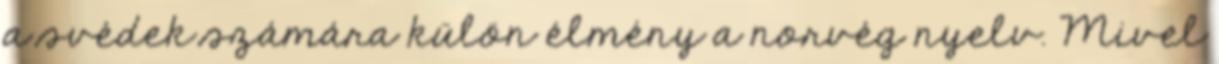
a svédek számára külön élmény a norvég nyelv. Mivel